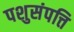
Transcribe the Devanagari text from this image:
पशुसंपत्ति